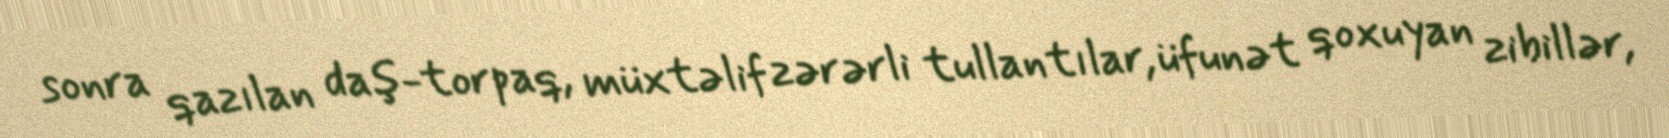
sonra qazılan daş-torpaq, müxtəlif zərərli tullantılar, üfunət qoxuyan zibillər,